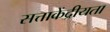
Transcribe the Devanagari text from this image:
सत्ताकेंद्रीयता